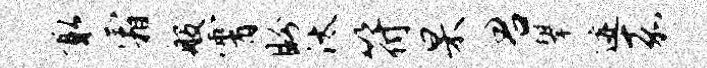
取霜般霄盼汰符杲君攀迹嘉